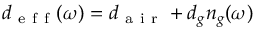
d _ { \mathrm { ~ e ~ f ~ f ~ } } ( \omega ) = d _ { \mathrm { ~ a ~ i ~ r ~ } } + d _ { g } n _ { g } ( \omega )